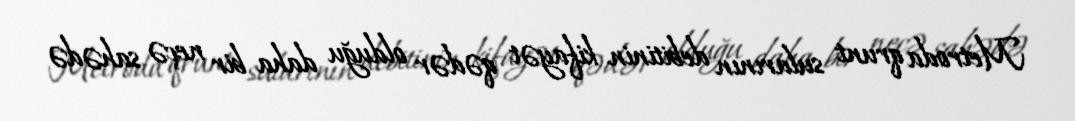
Metroda qrunt sularının debitinin kifayət qədər olduğu daha bir neçə sahədə